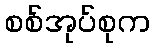
စစ်အုပ်စုက